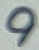
Text: 9